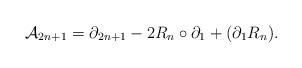
\begin{align*}{\cal A}_{2n+1}=\partial_{2n+1}-2R_n\circ\partial_1+(\partial_1 R_n).\end{align*}